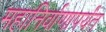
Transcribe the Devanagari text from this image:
महानिर्वाणापर्यंत